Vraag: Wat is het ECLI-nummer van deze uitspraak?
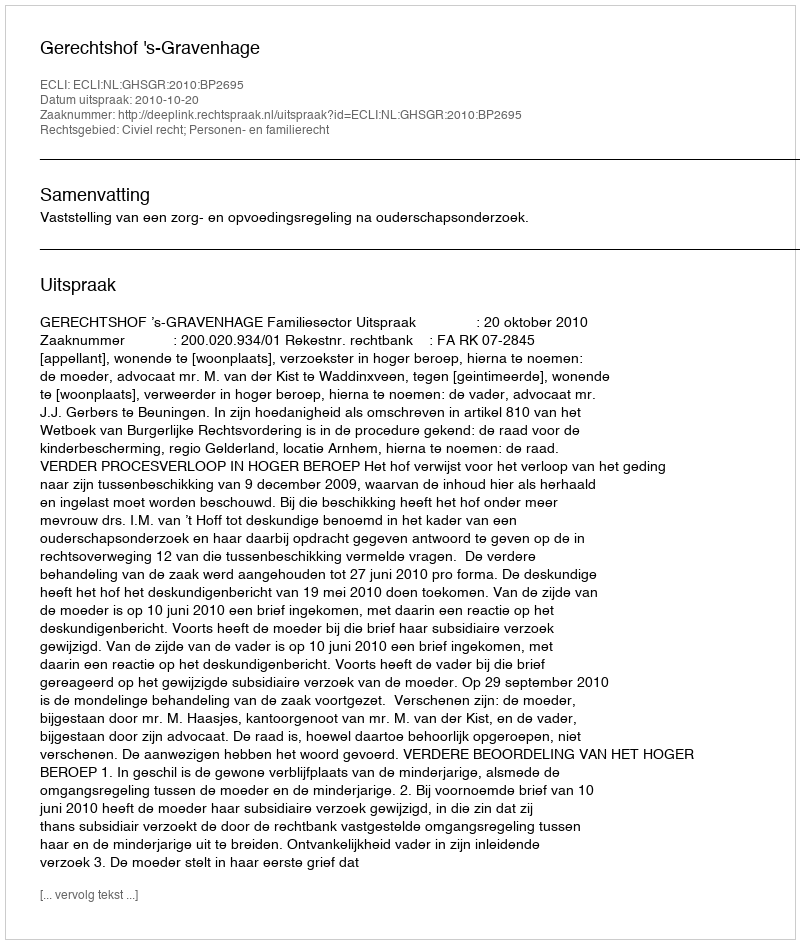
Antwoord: ECLI:NL:GHSGR:2010:BP2695